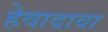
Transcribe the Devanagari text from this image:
हेवादावा